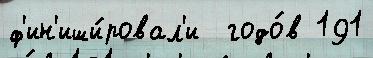
ф'ин'иши́ровал'и  годо́в 191